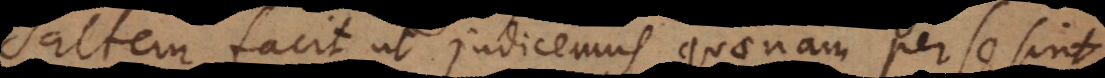
saltem facit ut judicemus quaenam per se sint